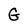
Character: G